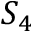
S _ { 4 }